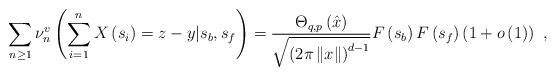
LaTeX: \begin{align*}\sum_{n\geq1}\nu_{n}^{v}\left( \sum_{i=1}^{n}X\left( s_{i}\right)=z-y|s_{b},s_{f}\right) =\frac{\Theta_{q,p}\left( \hat{x}\right) }{\sqrt{\left( 2\pi\left\Vert x\right\Vert \right) ^{d-1}}}F\left(s_{b}\right) F\left( s_{f}\right) \left( 1+o\left( 1\right) \right) \ ,\end{align*}